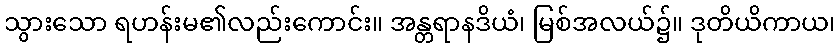
သွားသော ရဟန်းမ၏လည်းကောင်း။ အန္တရာနဒိယံ၊ မြစ်အလယ်၌။ ဒုတိယိကာယ၊